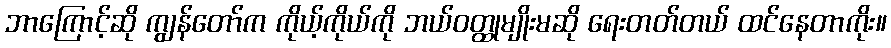
ဘာကြောင့်ဆို ကျွန်တော်က ကိုယ့်ကိုယ်ကို ဘယ်ဝတ္ထုမျိုးမဆို ရေးတတ်တယ် ထင်နေတာကိုး။